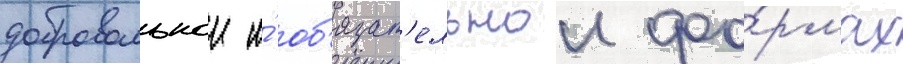
добровольнои и́ об'язат'ельнои фо́рмах